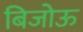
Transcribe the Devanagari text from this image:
बिजोऊ